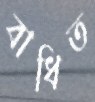
বাধিত